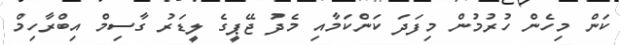
ކަން މިހެން ހުުރުމުން މިފަދަ ކަންކަމާއި މެދު ޖޭޕީގެ ލީޑަރު ގާސިމް އިބްރާހިމް